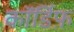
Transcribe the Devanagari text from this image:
कॉर्डिफ़